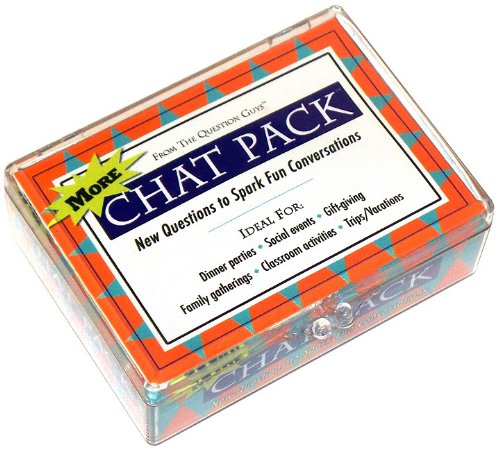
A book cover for More Chat Pack Cards: New Questions to Spark Fun Conversations; Bret Nicholaus; Humor & Entertainment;